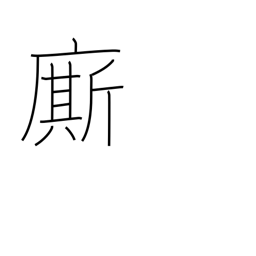
Meaning: servant